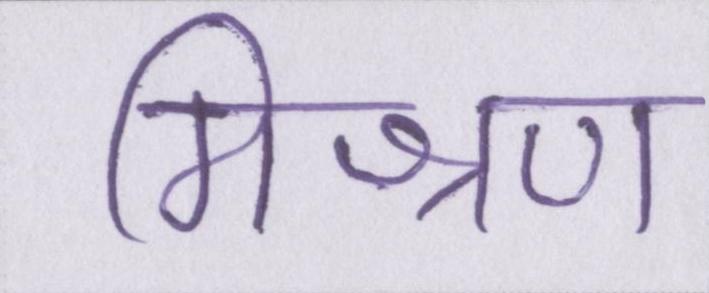
मिश्रण